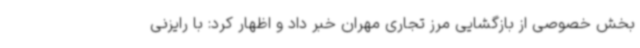
بخش خصوصی از بازگشایی مرز تجاری مهران خبر داد و اظهار کرد: با رایزنی